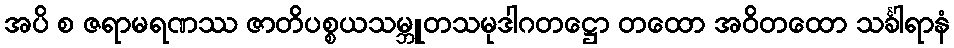
အပိ စ ဇရာမရဏဿ ဇာတိပစ္စယသမ္ဘူတသမုဒါဂတဋ္ဌော တထော အဝိတထော သင်္ခါရာနံ